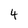
Character: 4